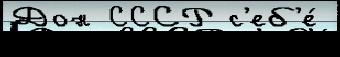
Дон СССР с'еб'е́